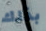
بذلك